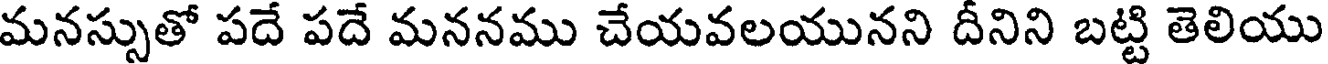
మనస్సుతో పదే పదే మననము చేయవలయునని దీనిని బట్టి తెలియు